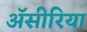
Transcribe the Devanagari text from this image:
ॲसीरिया